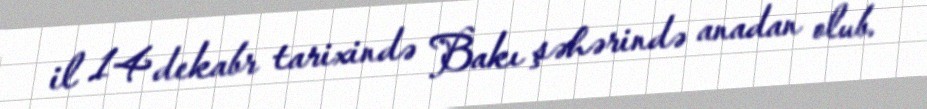
il 14 dekabr tarixində Bakı şəhərində anadan olub.